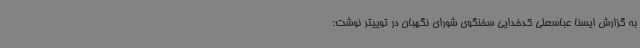
به گزارش ایسنا عباسعلی کدخدایی سخنگوی شورای نگهبان در توییتر نوشت: